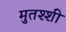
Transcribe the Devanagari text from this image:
मुतश्शी